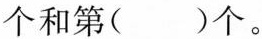
个和第()个。